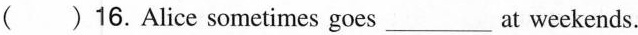
( )16.Alice sometimes goes___at weekends.